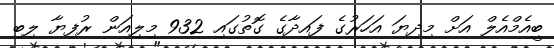
ބީއެމްއެލް އަށް މިދިޔަ އަހަރުގެ ފައިދާގެ ގޮތުގައި 932 މިލިއަން ރުފިޔާ ލިބި